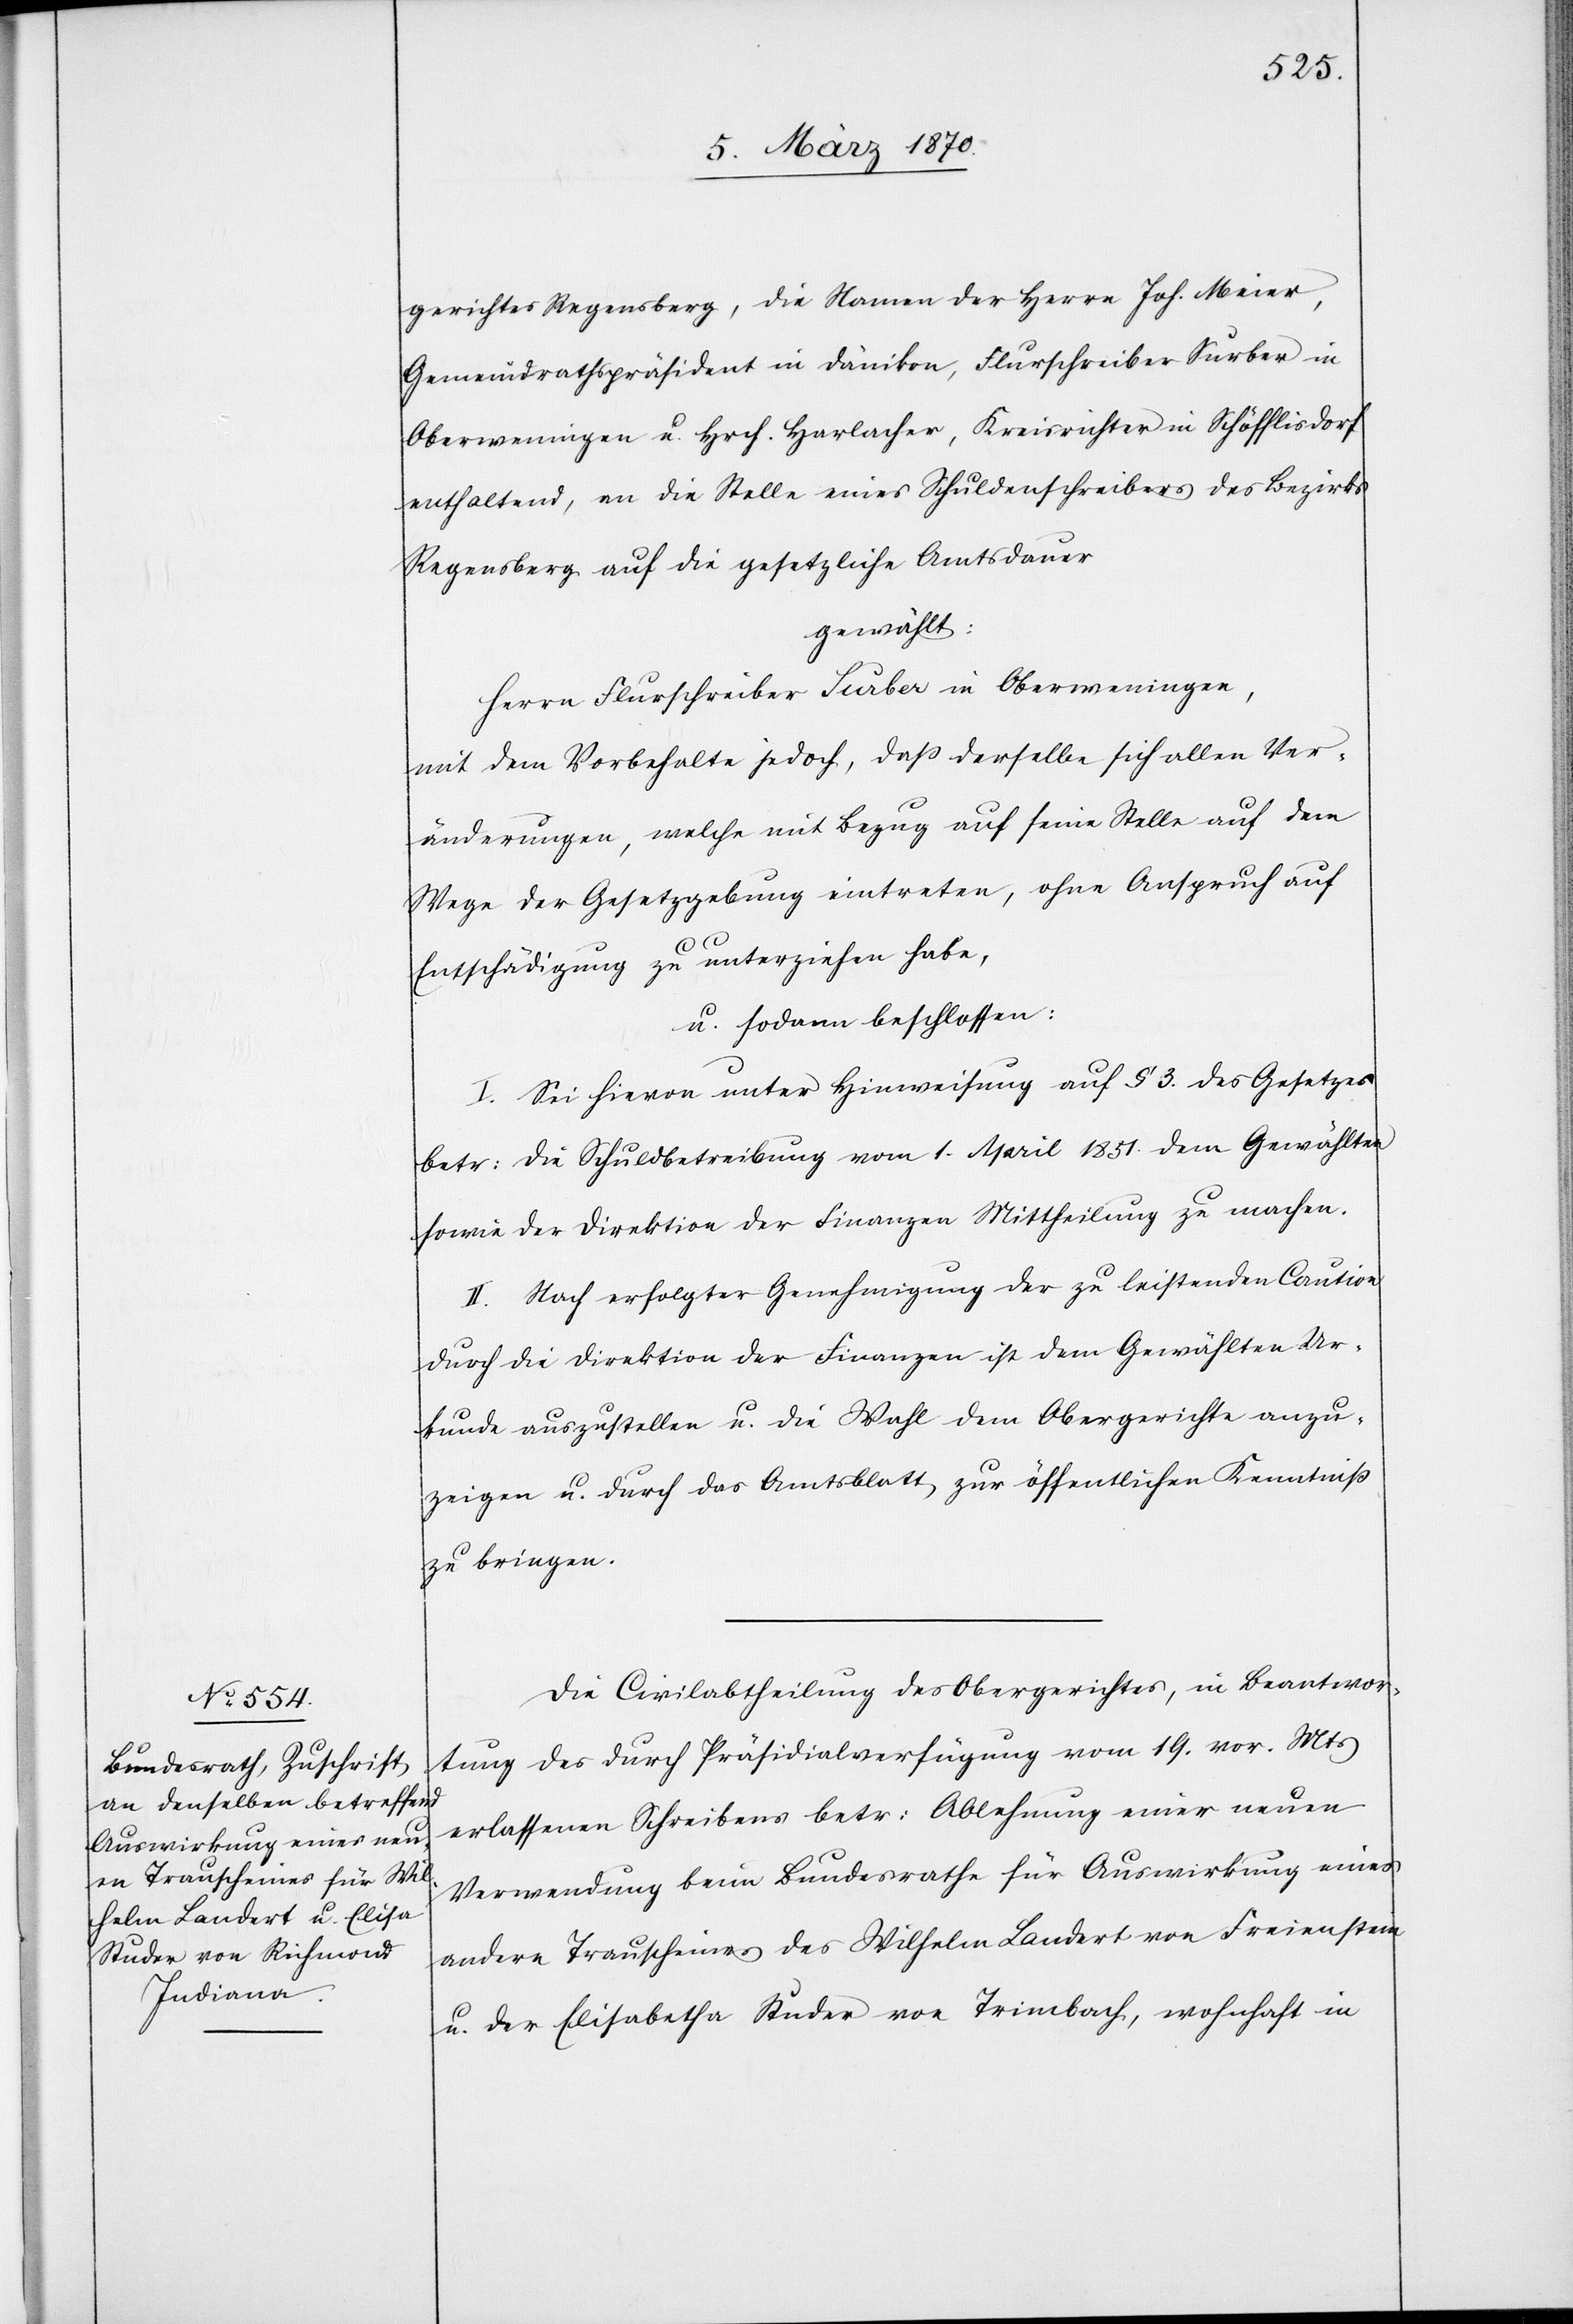
gerichtes Regensberg, die Namen der Herrn Joh. Meier,
Gemeindrathspräsident in Dänikon, Flurschreiber Surber in
Oberweningen u. Hrch. Harlacher, Kreisrichter in Schöfflisdorf
enthaltend, an die Stelle eines Schuldenschreibers des Bezirks
Regensberg auf die gesetzliche Amtsdauer
gewählt:
Herrn Flurschreiber Surber in Oberweningen,
mit dem Vorbehalte jedoch, daß derselbe sich allen Ver¬
änderungen, welche mit Bezug auf seine Stelle auf dem
Wege der Gesetzgebung eintreten, ohne Anspruch auf
Entschädigung zu unterziehen habe,
u. sodann beschlossen:
I. Sei hievon unter Hinweisung auf § 3. des Gesetzes
betr: die Schuldbetreibung vom 1. April 1851 dem Gewählten
sowie der Direktion der Finanzen Mittheilung zu machen.
II. Nach erfolgter Genehmigung der zu leistenden Caution
durch die Direktion der Finanzen ist dem Gewählten Ur¬
kunde auszustellen u. die Wahl dem Obergerichte anzu¬
zeigen u. durch das Amtsblatt zur öffentlichen Kenntniß
zu bringen.
Die Civilabtheilung des Obergerichtes, in Beantwor¬
tung des durch Präsidialverfügung vom 19. vor. Mts
erlassenen Schreibens betr: Ablehnung einer neuen
Verwendung beim Bundesrathe für Auswirkung eines
andern Trauscheines des Wilhelm Landert von Freienstein
u. der Elisabetha Studer von Trimbach, wohnhaft in